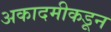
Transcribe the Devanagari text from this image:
अकादमीकडून